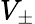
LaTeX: V_{\pm}